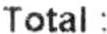
TOTAL :